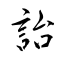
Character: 詒